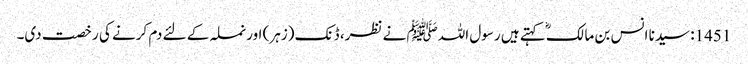
1451: سیدنا انس بن مالکؓ کہتے ہیں رسول اللہﷺ نے نظر، ڈنک (زہر) اور نملہ کے لئے دم کرنے کی رخصت دی۔